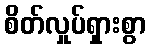
စိတ်လှုပ်ရှားစွာ